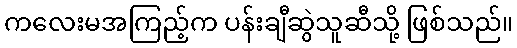
ကလေးမအကြည့်က ပန်းချီဆွဲသူဆီသို့ ဖြစ်သည်။